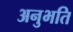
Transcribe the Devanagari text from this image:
अनुभति